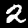
Digit: 2